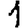
Digit: 1